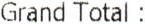
GRAND TOTAL :